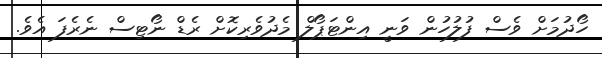
ހޯދުމަށް ވެސް ފުލުހުން ވަނީ އިންޓަޕޯލް މެދުވެރިކޮށް ރެޑް ނޯޓިސް ނެރެފަ އެވެ.